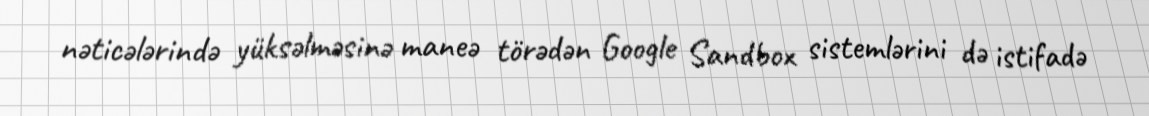
nəticələrində yüksəlməsinə maneə törədən Google Sandbox sistemlərini də istifadə